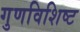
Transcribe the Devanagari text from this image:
गुणविशिष्ट